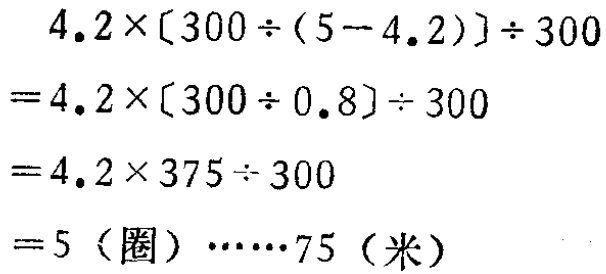
\[

\begin{align*}

&4.2\times[300\div(5 - 4.2)]\div300\\

=&4.2\times[300\div0.8]\div300\\

=&4.2\times375\div300\\

=&5\ (\text{圈})\cdots\cdots75\ (\text{米})

\end{align*}

\]